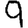
Digit: 9